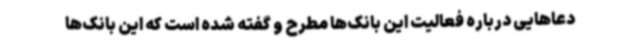
دعاهایی درباره فعالیت این بانک‌ها مطرح و گفته شده است که این بانک‌ها